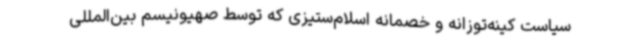
سیاست کینه‌توزانه و خصمانه اسلام‌ستیزی که توسط صهیونیسم بین‌المللی